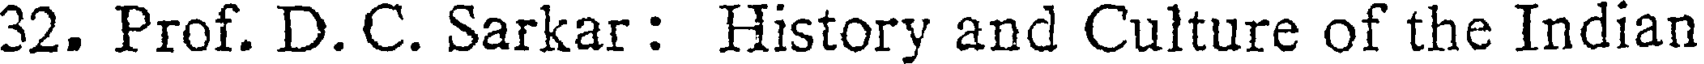
32. Prof. D. C. Sarkar : History and Culture of the Indian